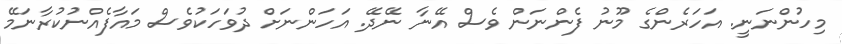
މިހުންނަނީ. އަހަރެންގެ މޫނު ފެންނަން ވެސް އޭނާ ނޭދޭ. އަހަންނަށް ދުވަހަކުވެސް މައާފެއްނުކުރާނަމޭ